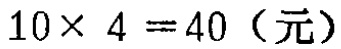
\(10\times 4 = 40\)（元）